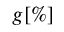
g [ \% ]